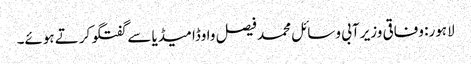
لاہور: وفاقی وزیر آبی وسائل محمد فیصل واوڈا میڈیا سے گفتگو کرتے ہوئے۔